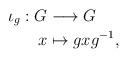
LaTeX: \begin{align*}\iota_g:G&\longrightarrow G\\ x&\mapsto gxg^{-1},\end{align*}